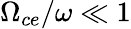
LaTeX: \Omega_{ce}/\omega\ll 1